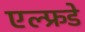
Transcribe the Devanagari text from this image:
एल्फ्रडे